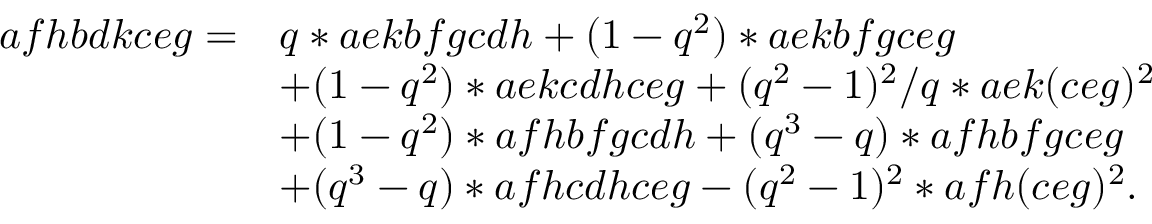
\begin{array} { r l } { a f h b d k c e g = } & { q * a e k b f g c d h + ( 1 - q ^ { 2 } ) * a e k b f g c e g } \\ & { + ( 1 - q ^ { 2 } ) * a e k c d h c e g + ( q ^ { 2 } - 1 ) ^ { 2 } / q * a e k ( c e g ) ^ { 2 } } \\ & { + ( 1 - q ^ { 2 } ) * a f h b f g c d h + ( q ^ { 3 } - q ) * a f h b f g c e g } \\ & { + ( q ^ { 3 } - q ) * a f h c d h c e g - ( q ^ { 2 } - 1 ) ^ { 2 } * a f h ( c e g ) ^ { 2 } . } \end{array}